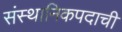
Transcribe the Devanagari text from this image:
संस्थानिकपदाची